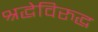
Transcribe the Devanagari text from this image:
श्रद्धेविरुद्ध